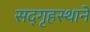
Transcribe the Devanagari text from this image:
सद्‌गृहस्थाने